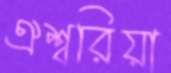
ঐশ্বরিয়া